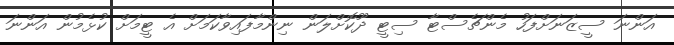
އަންނަ ސީޒަނަށްފަހު މެންޗެސްޓާ ސިޓީ ދޫކޮށްލަން ނިންމާފައިވާކަމަށް އެ ޓީމަށް ކުޅެމުން އަންނަ